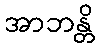
အာဘန္တိ